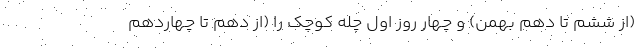
(از ششم تا دهم بهمن) و چهار روز اول چله کوچک را (از دهم تا چهاردهم